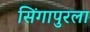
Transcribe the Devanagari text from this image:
सिंगापुरला